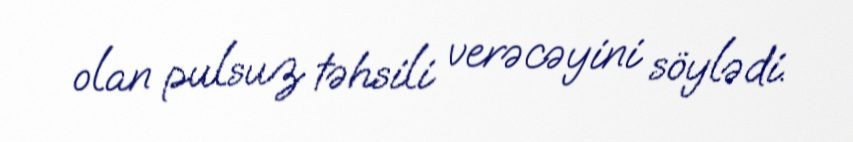
olan pulsuz təhsili verəcəyini söylədi.